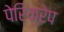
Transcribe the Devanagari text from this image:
पेरिक्रेप